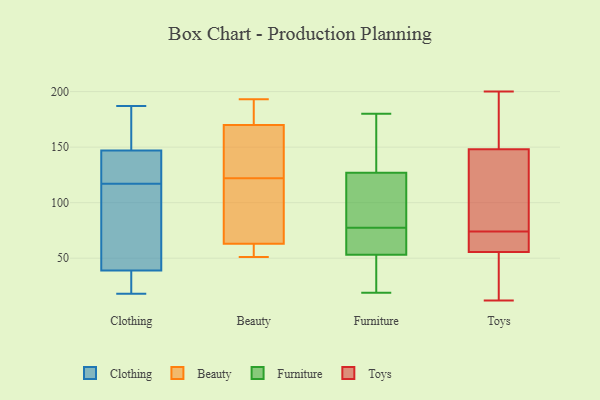
{"axis": {"x": "Energy Usage (MWh)", "y": "Value"}, "legend": ["Beauty", "Clothing", "Furniture", "Toys"], "data": [{"x": "", "y": 23, "type": "Clothing"}, {"x": "", "y": 91, "type": "Clothing"}, {"x": "", "y": 132, "type": "Clothing"}, {"x": "", "y": 127, "type": "Clothing"}, {"x": "", "y": 174, "type": "Clothing"}, {"x": "", "y": 39, "type": "Clothing"}, {"x": "", "y": 18, "type": "Clothing"}, {"x": "", "y": 20, "type": "Clothing"}, {"x": "", "y": 49, "type": "Clothing"}, {"x": "", "y": 147, "type": "Clothing"}, {"x": "", "y": 107, "type": "Clothing"}, {"x": "", "y": 161, "type": "Clothing"}, {"x": "", "y": 187, "type": "Clothing"}, {"x": "", "y": 136, "type": "Clothing"}, {"x": "", "y": 170, "type": "Beauty"}, {"x": "", "y": 156, "type": "Beauty"}, {"x": "", "y": 156, "type": "Beauty"}, {"x": "", "y": 63, "type": "Beauty"}, {"x": "", "y": 183, "type": "Beauty"}, {"x": "", "y": 51, "type": "Beauty"}, {"x": "", "y": 193, "type": "Beauty"}, {"x": "", "y": 74, "type": "Beauty"}, {"x": "", "y": 189, "type": "Beauty"}, {"x": "", "y": 154, "type": "Beauty"}, {"x": "", "y": 59, "type": "Beauty"}, {"x": "", "y": 134, "type": "Beauty"}, {"x": "", "y": 110, "type": "Beauty"}, {"x": "", "y": 177, "type": "Beauty"}, {"x": "", "y": 87, "type": "Beauty"}, {"x": "", "y": 62, "type": "Beauty"}, {"x": "", "y": 97, "type": "Beauty"}, {"x": "", "y": 60, "type": "Beauty"}, {"x": "", "y": 107, "type": "Furniture"}, {"x": "", "y": 54, "type": "Furniture"}, {"x": "", "y": 52, "type": "Furniture"}, {"x": "", "y": 59, "type": "Furniture"}, {"x": "", "y": 162, "type": "Furniture"}, {"x": "", "y": 135, "type": "Furniture"}, {"x": "", "y": 63, "type": "Furniture"}, {"x": "", "y": 180, "type": "Furniture"}, {"x": "", "y": 176, "type": "Furniture"}, {"x": "", "y": 92, "type": "Furniture"}, {"x": "", "y": 19, "type": "Furniture"}, {"x": "", "y": 43, "type": "Furniture"}, {"x": "", "y": 45, "type": "Furniture"}, {"x": "", "y": 94, "type": "Furniture"}, {"x": "", "y": 61, "type": "Furniture"}, {"x": "", "y": 119, "type": "Furniture"}, {"x": "", "y": 30, "type": "Toys"}, {"x": "", "y": 152, "type": "Toys"}, {"x": "", "y": 15, "type": "Toys"}, {"x": "", "y": 70, "type": "Toys"}, {"x": "", "y": 12, "type": "Toys"}, {"x": "", "y": 190, "type": "Toys"}, {"x": "", "y": 74, "type": "Toys"}, {"x": "", "y": 66, "type": "Toys"}, {"x": "", "y": 200, "type": "Toys"}, {"x": "", "y": 164, "type": "Toys"}, {"x": "", "y": 54, "type": "Toys"}, {"x": "", "y": 98, "type": "Toys"}, {"x": "", "y": 136, "type": "Toys"}, {"x": "", "y": 158, "type": "Toys"}, {"x": "", "y": 129, "type": "Toys"}, {"x": "", "y": 60, "type": "Toys"}, {"x": "", "y": 65, "type": "Toys"}, {"x": "", "y": 124, "type": "Toys"}, {"x": "", "y": 39, "type": "Toys"}]}